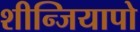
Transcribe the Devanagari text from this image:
शीन्जियापो